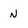
Character: N